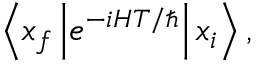
\left\langle x _ { f } \left| e ^ { - i H T / \hbar } \right| x _ { i } \right\rangle ,